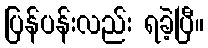
ပြန်ပန်းလည်း ရခဲ့ပြီ။